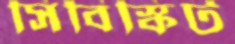
সিবিস্কিট